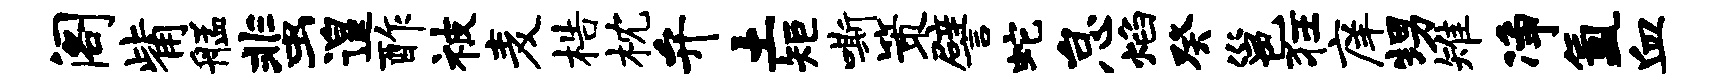
阁觜艋蜚遑酢被麦梏枕弁土矩嘶策譬蛇怠焰癸邕狂庠甥雉净氲血